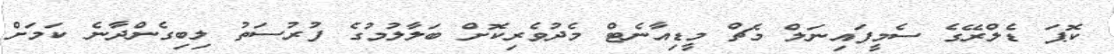
ކޮޕަ ޑެލްރޭގެ ސެމީފައިނަލް މެޗް މީޑިއާނެޓް މެދުވެރިކޮށް ބަލާލުމުގެ ފުރުސަތު ލިބިގެންދާނެ ކަމަށް